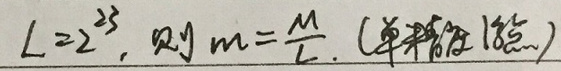
$L = 2^{23},\ $则$\ m=\frac{M}{L}.\ ($单位: 赫兹)